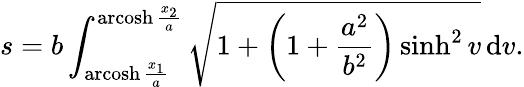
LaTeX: s=b\int_{\operatorname{arcosh}{\frac{x_{1}}{a}}}^{\operatorname{arcosh}{\frac{x_{2}}{a}}}{\sqrt{1+\left(1+{\frac{a^{2}}{b^{2}}}\right)\sinh^{2}v}}\, \mathrm{d}v.